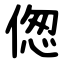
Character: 偬